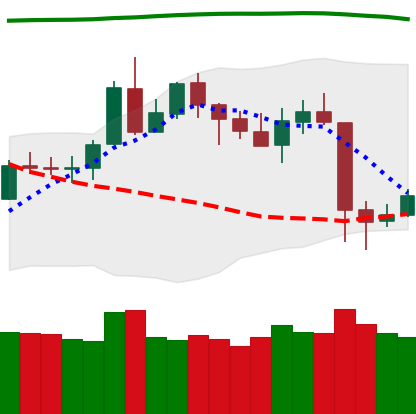
Ticker: LTC-USD
Chart end date: 2020-05-13
Forward return: 4.791%
Label: up_3_5